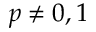
p \neq 0 , 1